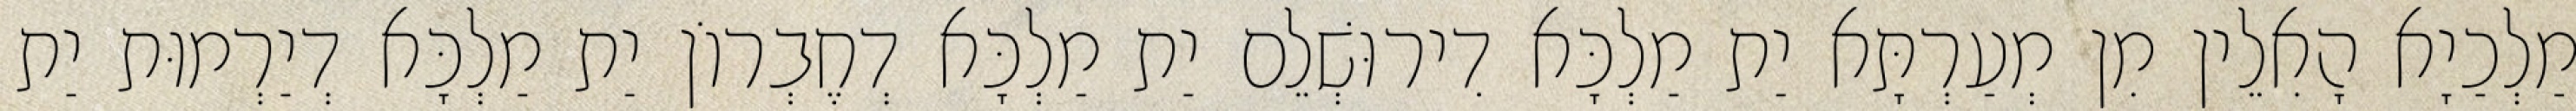
מַלְכַיָא הָאִלֵין מִן מְעַרְתָּא יַת מַלְכָּא דִירוּשְׁלֵם יַת מַלְכָּא דְחֶבְרוֹן יַת מַלְכָּא דְיַרְמוּת יַת